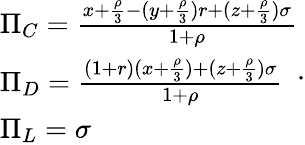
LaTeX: \begin{array}{l}{\Pi_{C}=\frac{x+\frac{\rho}{3}-(y+\frac{\rho}{3})r+(z+\frac{\rho}{3})\sigma}{1+\rho}}\\ {\Pi_{D}=\frac{(1+r)(x+\frac{\rho}{3})+(z+\frac{\rho}{3})\sigma}{1+\rho}}\\ {\Pi_{L}=\sigma}\end{array}.